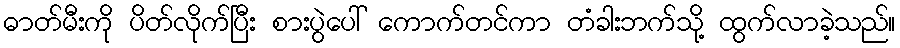
ဓာတ်မီးကို ပိတ်လိုက်ပြီး စားပွဲပေါ် ကောက်တင်ကာ တံခါးဘက်သို့ ထွက်လာခဲ့သည်။